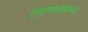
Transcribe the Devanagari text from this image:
लवणस्तंभाच्या